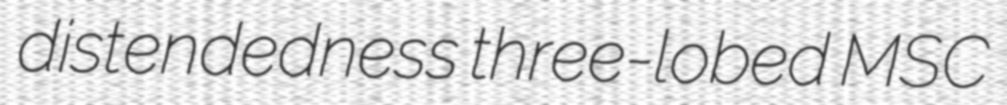
distendedness three-lobed MSC